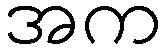
အက